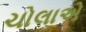
ચોલાએ